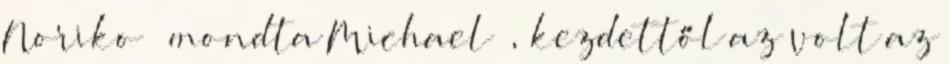
Noriko – mondta Michael –, kezdettől az volt az